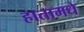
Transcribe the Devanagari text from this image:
हातामधे